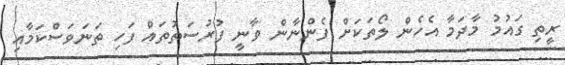
ރީތި ގައުމު މާދަމާ އެހެން ލޯތަކަށް ފެންނާން ވާނީ ފުރުސަތުތައް ފަހި ތަނަވަސްކަމާއި